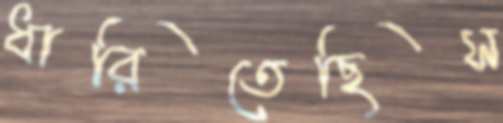
ধারিতেছিস